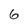
Character: 6